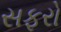
સફરો